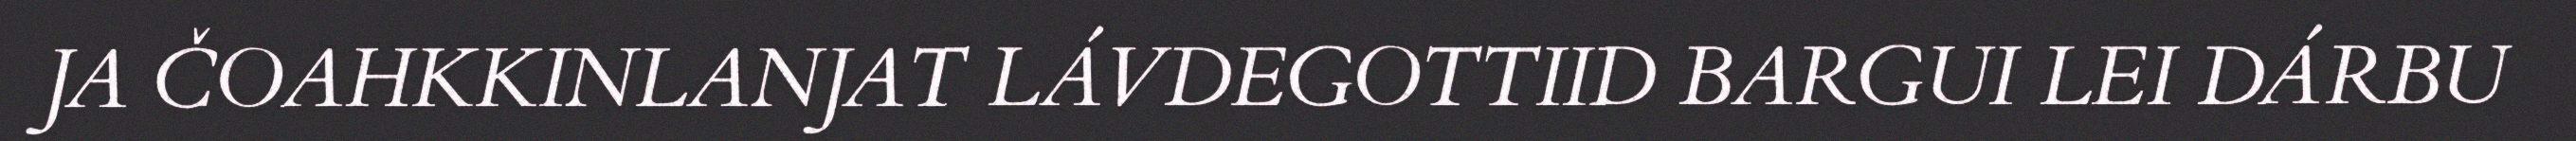
JA ČOAHKKINLANJAT LÁVDEGOTTIID BARGUI LEI DÁRBU